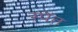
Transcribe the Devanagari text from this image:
स्पेंत